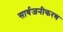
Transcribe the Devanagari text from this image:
सार्वजनीकरण